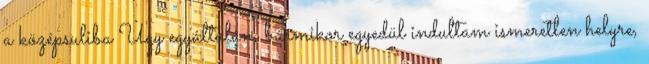
a középsuliba Úgy egyáltalán, bármikor egyedül indultam ismeretlen helyre,